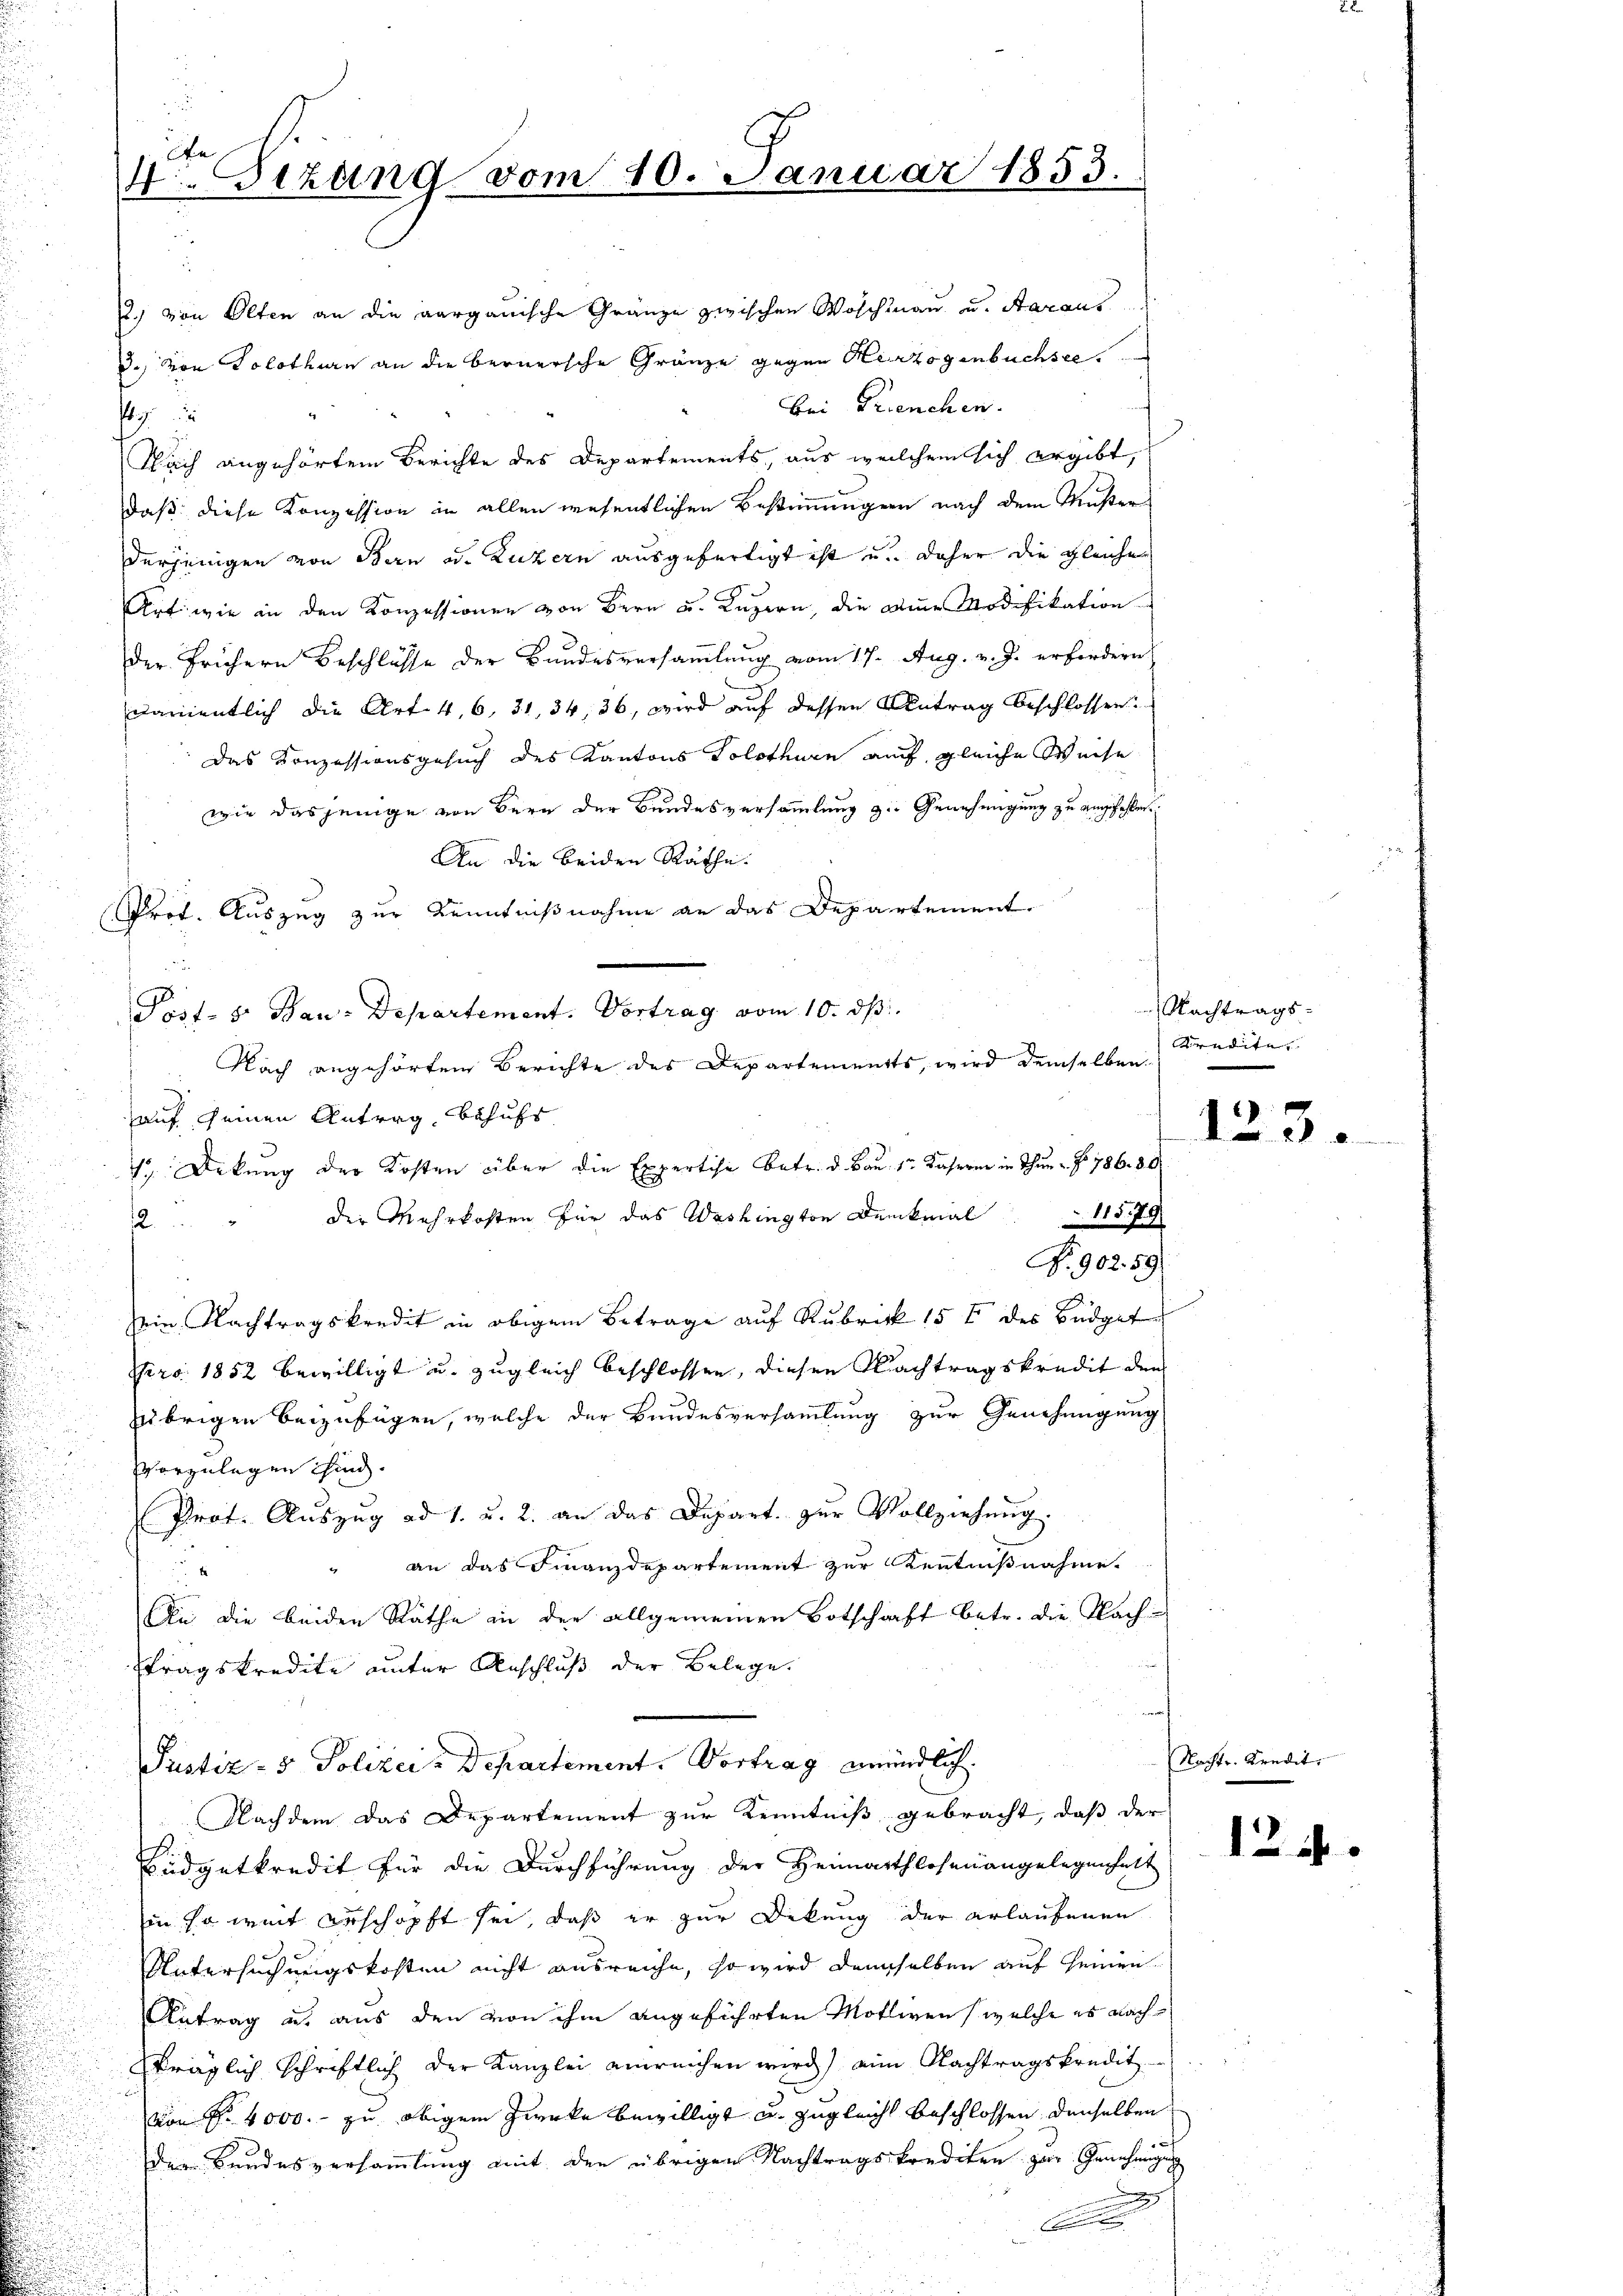
2.) von Olten an die aargauische Gränze zwischen Woschinau u. Aaraus
., von Solothurn an die bernersche Gränze gegen Herzogenbüchsee
Bei Trienchen.
9
.
Nach angehörtem Berichte des Departements, aus welchem sich ergibt,
daß diese Konzession in allen wesentlichen Bestimmungen nach dem Muster
derjenigen von Bern d. Luzern ausgefertigt ist u. daher die gleiche
Art wie in den Konzessionen von Bern u. Luzern, die Die Modifikation
der frühern Beschlüsse der Bundesversammlung vom 17. Aug. v. J. erfordern
damentlich die Art. 4, 6, 31, 34, 36, wird auf dessen Antrag beschlossen:
Das Konzessionsgesuch des Kantons Solothurn auf gleiche Weise
wie dasjenige von Bern der Bundesversammlung z. Genehmigung zu empfehlen
An die beiden Räthe.
Prof. Auszug zur Kenntnißnahme an das Departement.
Post- 5. Bau-Departement. Vortrag vom 10. ds
auf seinen Antrag, behufs
12
No. 902. 59.
Dein Nachtragskredit in obigem Betrage auf Rubrick 15 t des Budget
Nro 1852 bewilligt u. zugleich beschlossen, diesen Nachtragskredit den
übrigen beizufügen, welche der Bundesversammlung zur Genehmigung
vorzulegen sind.
Prot. Auszug ad 1. u. 2. an das Depart. zur Vollziehung.
an das Finanzdepartement zur Kenntnißnahme
An die beiden Räthe in der allgemeinen Botschaft betr. die Nachtragskredite unter Anschluß der Belege.
t
Pustiz- & Polizei-Departement. Vortrag mündlich.
Nachdem das Departement zur Kenntniß gebracht, daß der
Eidgetkredit für die Durchführung der Heimathlosen angelegenheit
in so weit erschöpft sei, daß er zur Dikung der erlaufenen
Untersuchungskosten nicht ausreiche, so wird demselben auf seinen
Antrag u. aus den von ihm angeführten Motiven, welche es nach
träglich schriftlich der Kanzlei einreichen wird) eine Nachtragskredit
von P. 4000.- zu obigem Zwecke bewilligt u. zugleicht beschlossen denselben
der Bundesversammlung mit den übrigen Nachtragskrediten zur Genehmigung

An
4. Sizung vom 10. Januar 1853.

Nach angehörten Berichte des Departements, wird demselben
1 Drkung der Kosten über die Expertise betr. d. Bau 1r Kaserne in Thun No 786. 30
der Mehrkosten für das Washington Denkmal 1579

Nachtrags-
Kredite. |
123.

Nachte. De

det

124.